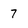
Character: 7